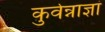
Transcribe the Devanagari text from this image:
कुर्वन्नाज्ञां